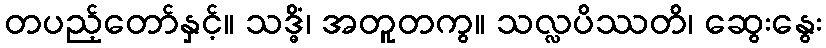
တပည့်တော်နှင့်။ သဒ္ဓိံ၊ အတူတကွ။ သလ္လပိဿတိ၊ ဆွေးနွေး